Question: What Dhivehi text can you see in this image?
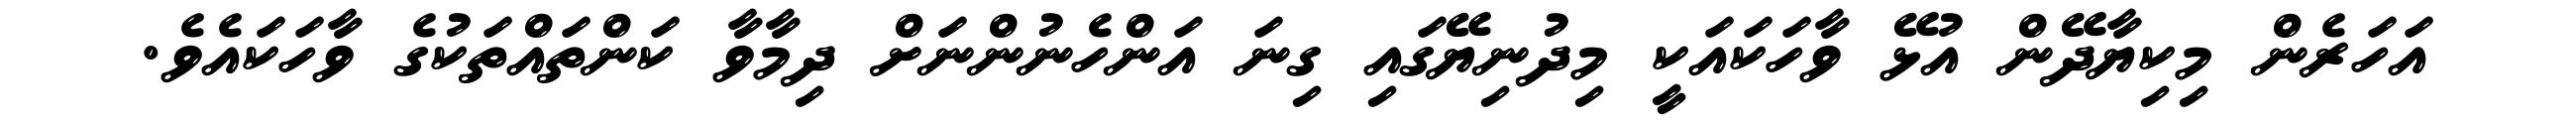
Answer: އަހަރެން މިކިޔާދޭން އުޅޭ ވާހަކައަކީ މިދުނިޔޭގައި ގިނަ އަންހެނުންނަށް ދިމާވާ ކަންތައްތަކުގެ ވާހަކައެވެ.